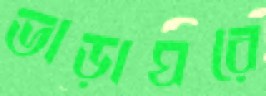
ভাড়াঘরে